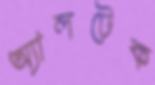
অ্যালটেক